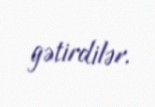
gətirdilər.